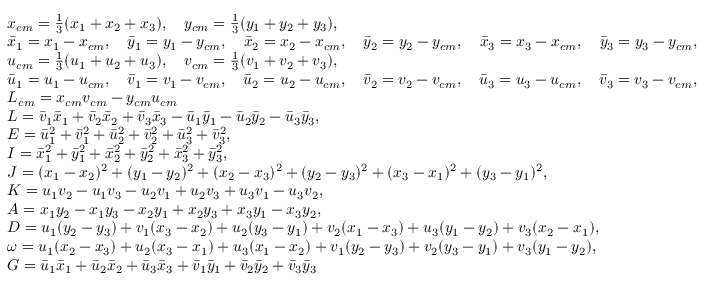
\begin{array} { r l } & { x _ { c m } = \frac { 1 } { 3 } ( x _ { 1 } + x _ { 2 } + x _ { 3 } ) , \quad y _ { c m } = \frac { 1 } { 3 } ( y _ { 1 } + y _ { 2 } + y _ { 3 } ) , } \\ & { \Bar { x } _ { 1 } = x _ { 1 } - x _ { c m } , \quad \Bar { y } _ { 1 } = y _ { 1 } - y _ { c m } , \quad \Bar { x } _ { 2 } = x _ { 2 } - x _ { c m } , \quad \Bar { y } _ { 2 } = y _ { 2 } - y _ { c m } , \quad \Bar { x } _ { 3 } = x _ { 3 } - x _ { c m } , \quad \Bar { y } _ { 3 } = y _ { 3 } - y _ { c m } , } \\ & { u _ { c m } = \frac { 1 } { 3 } ( u _ { 1 } + u _ { 2 } + u _ { 3 } ) , \quad v _ { c m } = \frac { 1 } { 3 } ( v _ { 1 } + v _ { 2 } + v _ { 3 } ) , } \\ & { \Bar { u } _ { 1 } = u _ { 1 } - u _ { c m } , \quad \Bar { v } _ { 1 } = v _ { 1 } - v _ { c m } , \quad \Bar { u } _ { 2 } = u _ { 2 } - u _ { c m } , \quad \Bar { v } _ { 2 } = v _ { 2 } - v _ { c m } , \quad \Bar { u } _ { 3 } = u _ { 3 } - u _ { c m } , \quad \Bar { v } _ { 3 } = v _ { 3 } - v _ { c m } , } \\ & { L _ { c m } = x _ { c m } v _ { c m } - y _ { c m } u _ { c m } } \\ & { L = \Bar { v } _ { 1 } \Bar { x } _ { 1 } + \Bar { v } _ { 2 } \Bar { x } _ { 2 } + \Bar { v } _ { 3 } \Bar { x } _ { 3 } - \Bar { u } _ { 1 } \Bar { y } _ { 1 } - \Bar { u } _ { 2 } \Bar { y } _ { 2 } - \Bar { u } _ { 3 } \Bar { y } _ { 3 } , } \\ & { E = \Bar { u } _ { 1 } ^ { 2 } + \Bar { v } _ { 1 } ^ { 2 } + \Bar { u } _ { 2 } ^ { 2 } + \Bar { v } _ { 2 } ^ { 2 } + \Bar { u } _ { 3 } ^ { 2 } + \Bar { v } _ { 3 } ^ { 2 } , } \\ & { I = \Bar { x } _ { 1 } ^ { 2 } + \Bar { y } _ { 1 } ^ { 2 } + \Bar { x } _ { 2 } ^ { 2 } + \Bar { y } _ { 2 } ^ { 2 } + \Bar { x } _ { 3 } ^ { 2 } + \Bar { y } _ { 3 } ^ { 2 } , } \\ & { J = ( x _ { 1 } - x _ { 2 } ) ^ { 2 } + ( y _ { 1 } - y _ { 2 } ) ^ { 2 } + ( x _ { 2 } - x _ { 3 } ) ^ { 2 } + ( y _ { 2 } - y _ { 3 } ) ^ { 2 } + ( x _ { 3 } - x _ { 1 } ) ^ { 2 } + ( y _ { 3 } - y _ { 1 } ) ^ { 2 } , } \\ & { K = u _ { 1 } v _ { 2 } - u _ { 1 } v _ { 3 } - u _ { 2 } v _ { 1 } + u _ { 2 } v _ { 3 } + u _ { 3 } v _ { 1 } - u _ { 3 } v _ { 2 } , } \\ & { A = x _ { 1 } y _ { 2 } - x _ { 1 } y _ { 3 } - x _ { 2 } y _ { 1 } + x _ { 2 } y _ { 3 } + x _ { 3 } y _ { 1 } - x _ { 3 } y _ { 2 } , } \\ & { D = u _ { 1 } ( y _ { 2 } - y _ { 3 } ) + v _ { 1 } ( x _ { 3 } - x _ { 2 } ) + u _ { 2 } ( y _ { 3 } - y _ { 1 } ) + v _ { 2 } ( x _ { 1 } - x _ { 3 } ) + u _ { 3 } ( y _ { 1 } - y _ { 2 } ) + v _ { 3 } ( x _ { 2 } - x _ { 1 } ) , } \\ & { \omega = u _ { 1 } ( x _ { 2 } - x _ { 3 } ) + u _ { 2 } ( x _ { 3 } - x _ { 1 } ) + u _ { 3 } ( x _ { 1 } - x _ { 2 } ) + v _ { 1 } ( y _ { 2 } - y _ { 3 } ) + v _ { 2 } ( y _ { 3 } - y _ { 1 } ) + v _ { 3 } ( y _ { 1 } - y _ { 2 } ) , } \\ & { G = \Bar { u } _ { 1 } \Bar { x } _ { 1 } + \Bar { u } _ { 2 } \Bar { x } _ { 2 } + \Bar { u } _ { 3 } \Bar { x } _ { 3 } + \Bar { v } _ { 1 } \Bar { y } _ { 1 } + \Bar { v } _ { 2 } \Bar { y } _ { 2 } + \Bar { v } _ { 3 } \Bar { y } _ { 3 } } \end{array}